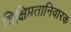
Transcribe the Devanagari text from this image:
विक्षिप्ततानिवारक